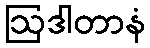
ဩဒါတာနံ